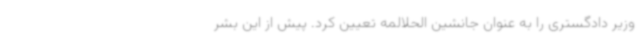
وزیر دادگستری را به عنوان جانشین الحلالمه تعیین کرد. پیش از این بشر